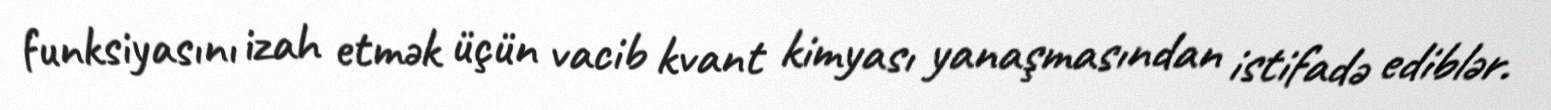
funksiyasını izah etmək üçün vacib kvant kimyası yanaşmasından istifadə ediblər.